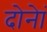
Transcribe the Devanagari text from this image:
दोनेां